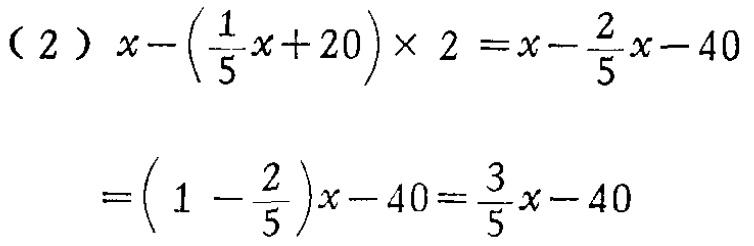
\[

\begin{align*}

&(2)\ x - (\frac{1}{5}x + 20)\times2 = x - \frac{2}{5}x - 40\\

&=(1 - \frac{2}{5})x - 40=\frac{3}{5}x - 40

\end{align*}

\]